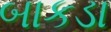
બાકડા